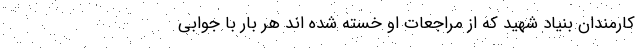
کارمندان بنیاد شهید که از مراجعات او خسته شده اند هر بار با جوابی